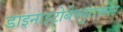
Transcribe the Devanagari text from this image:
डाइनाइट्रोबेफ्युराक्सेन